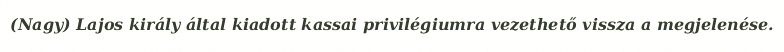
(Nagy) Lajos király által kiadott kassai privilégiumra vezethető vissza a megjelenése.